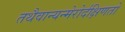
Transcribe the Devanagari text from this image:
तथैवान्यन्मेरोर्दक्षिणतो